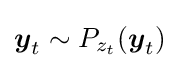
{\boldsymbol {y}}_{t}\sim P_{z_{t}}({\boldsymbol {y}}_{t})